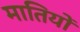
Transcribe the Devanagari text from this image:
मातियों